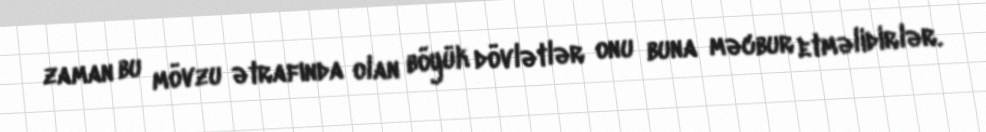
zaman bu mövzu ətrafında olan böyük dövlətlər onu buna məcbur etməlidirlər.